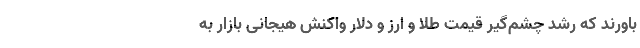
باورند که رشد چشم‌گیر قیمت طلا و ارز و دلار واکنش هیجانی بازار به